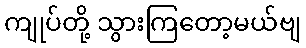
ကျုပ်တို့ သွားကြတော့မယ်ဗျ